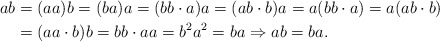
\begin{align*}ab & =(aa)b=(ba)a=(bb\cdot a)a=(ab\cdot b)a=a(bb\cdot a)=a(ab\cdot b)\\ & =(aa\cdot b)b=bb\cdot aa=b^{2}a^{2}=ba\Rightarrow ab=ba.\end{align*}